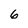
Character: 6